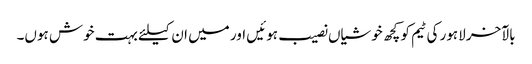
بالآخر لاہور کی ٹیم کو کچھ خوشیاں نصیب ہوئیں اور میں ان کیلئے بہت خوش ہوں۔